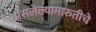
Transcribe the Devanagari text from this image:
असलेल्यामारुतीचे